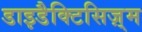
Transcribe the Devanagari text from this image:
डाइडैक्टिसिज़्म